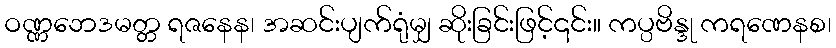
ဝဏ္ဏဘေဒမတ္တ ရဇနေန၊ အဆင်းပျက်ရုံမျှ ဆိုးခြင်းဖြင့်၎င်း။ ကပ္ပဗိန္ဒု ကရဏေနစ၊